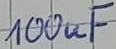
Text: 100uF